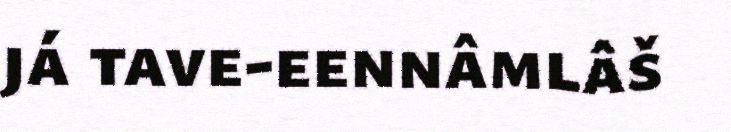
já tave-eennâmlâš